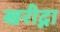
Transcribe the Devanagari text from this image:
खरीद्ना